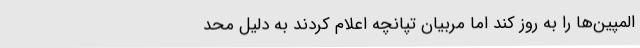
المپین‌ها را به روز کند اما مربیان تپانچه اعلام کردند به دلیل محد